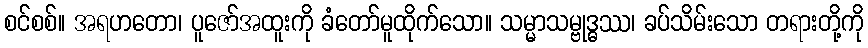
စင်စစ်။ အရဟတော၊ ပူဇော်အထူးကို ခံတော်မူထိုက်သော။ သမ္မာသမ္ဗုဒ္ဓဿ၊ ခပ်သိမ်းသော တရားတို့ကို